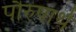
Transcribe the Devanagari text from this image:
पौरुषार्थ